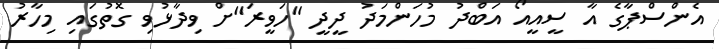
އެންސްޕާގެ އާ ސީއީއޯ އަބްދު މުހަންމަދު ދީދީ "ހަވީރަ"ށް ވިދާޅުވި ގޮތުގައި މިހާރު